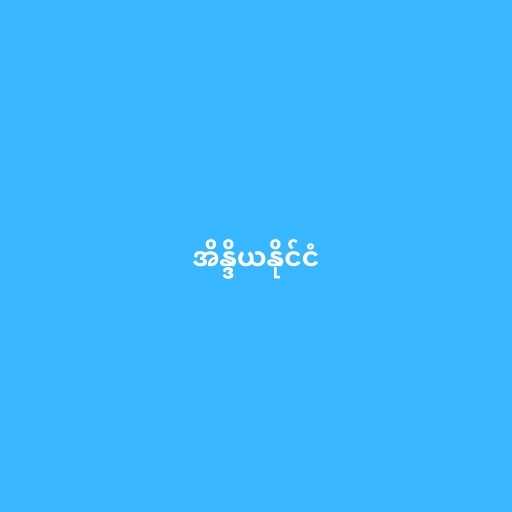
အိန္ဒိယနိုင်ငံ